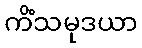
ကိံသမုဒယာ